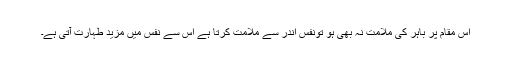
اس مقام پر باہر کی ملامت نہ بھی ہو تونفس اندر سے ملامت کرتا ہے اس سے نفس میں مزید طہارت آتی ہے۔